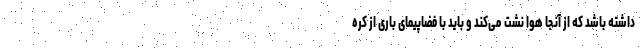
داشته باشد که از آنجا هوا نشت می‌کند و باید با فضاپیمای باری از کره